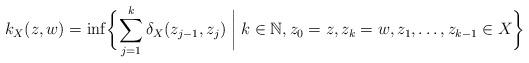
LaTeX: \begin{align*}k_X(z,w)=\inf\biggl\{\sum_{j=1}^k \delta_X(z_{j-1},z_j)\biggm| k\in\mathbb{N}, z_0=z, z_k=w, z_1,\ldots,z_{k-1}\in X\biggr\}\end{align*}